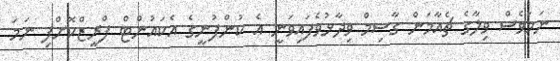
ނަމަވެސް ވިލާގެ ޗެއާމަން ގާސިމް ވިދާޅުވެފައިވަނީ އެ ކުންފުނީގެ އެކައުންޓް ފްރީޒްކޮށްފި ނަމަ